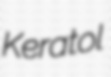
Keratol